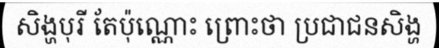
សិង្ហបុរី តែប៉ុណ្ណោះ ព្រោះថា ប្រជាជនសិង្ហ